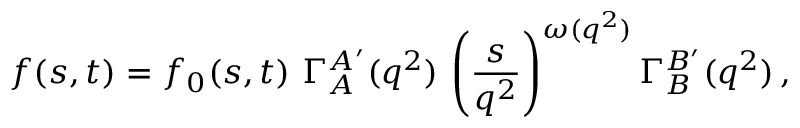
f ( s , t ) = f _ { 0 } ( s , t ) \, \, \Gamma _ { A } ^ { A ^ { \prime } } ( q ^ { 2 } ) \, \left( \frac { s } { q ^ { 2 } } \right) ^ { \omega ( q ^ { 2 } ) } \Gamma _ { B } ^ { B ^ { \prime } } ( q ^ { 2 } ) \, ,